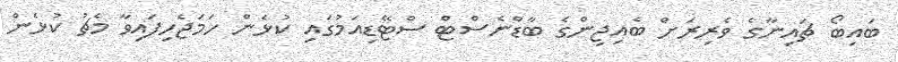
ބައިބޯ ޗައިނާގެ ވެރިރަށް ބެއިޖިންގެ ބާޑްނެސްޓް ސްޓޭޑިއަމުގައި ކުޅެން ހަމަޖެހިފައިވާ މެޗު ކުޅެން